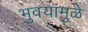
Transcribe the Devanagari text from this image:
भुवयांमुळे